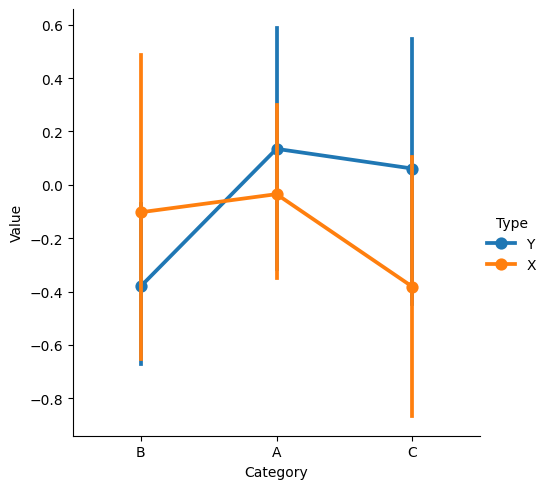
python, seaborn, catplot, kind='point', height=5, aspect=1